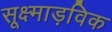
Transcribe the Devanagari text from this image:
सूक्ष्माड़विक